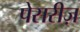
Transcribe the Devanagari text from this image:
पेसरीज़